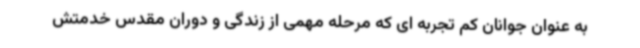
به عنوان جوانان کم تجربه ای که مرحله مهمی از زندگی و دوران مقدس خدمتش